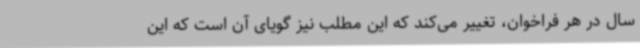
سال در هر فراخوان، تغییر می‌کند که این مطلب نیز گویای آن است که این